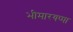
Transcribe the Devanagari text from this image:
भीमारयप्पा